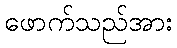
ဖောက်သည်အား